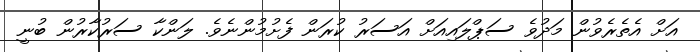
އަށް އެތެރެވުން މަދުވެ ސަޕްލައިއަށް އަސަރު ކުރަން ފެށުމުންނެވެ. ލަންކާ ސަރުކާރުން ބުނީ